Document type: Recognition
Year: 1437
Scribe: Pere Ponçgem
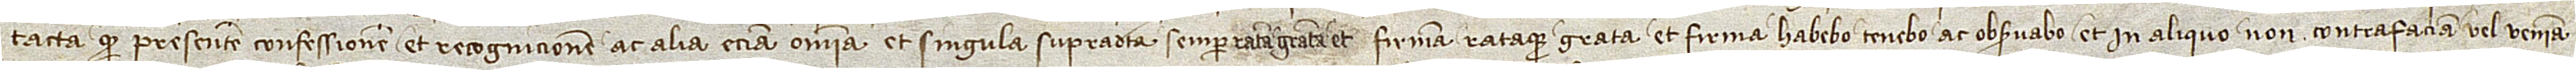
tacta, quod presentem confessionem et recognicionem ac alia etiam omnia et singula supradicta semper ratam, gratam et firmam rataque grata et firma habebo, tenebo ac observabo et in aliquo non contrafaciam vel veniam